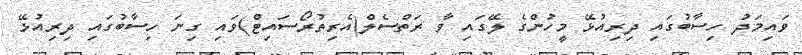
ވައިމަދު ހިސާބުގައި ދިރިއުޅޭ މީހުންގެ ލޭގައި ވާ ރަތްސެލް(އެރިތުރޯސައިޓް)ވައި ގިނަ ހިސާބުގައި ދިރިއުޅޭ